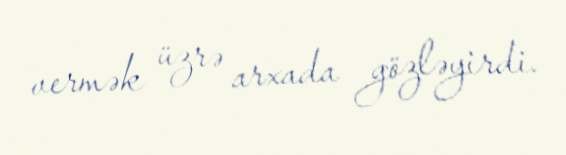
vermək üzrə arxada gözləyirdi.